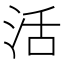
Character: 活